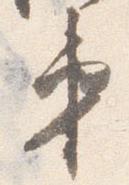
第